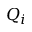
Q _ { i }